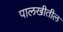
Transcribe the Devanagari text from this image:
पालखीतील